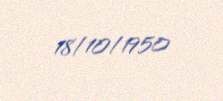
18/10/1950